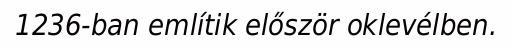
1236-ban említik először oklevélben.